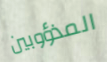
المذؤوبين